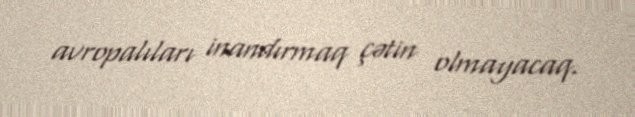
avropalıları inandırmaq çətin olmayacaq.